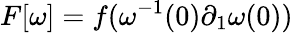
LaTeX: F[\omega]=f(\omega^{-1}(0)\partial_{1}\omega(0))